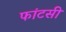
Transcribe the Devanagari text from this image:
फांटसी